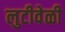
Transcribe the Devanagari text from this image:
लुटीवेळी